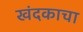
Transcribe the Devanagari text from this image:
खंदकाचा